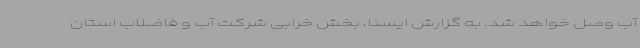
آب وصل خواهد شد. به گزارش ایسنا، بخش خرابی شرکت آب و فاضلاب استان